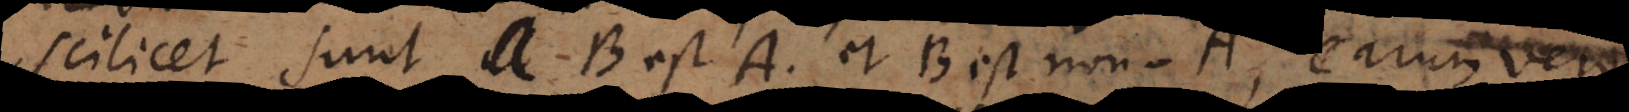
scilicet sunt B est A et B est non‐A, earum vero